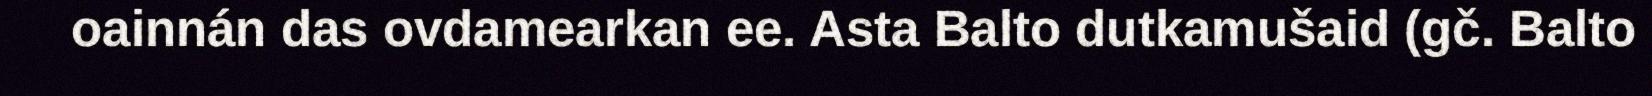
oainnán das ovdamearkan ee. Asta Balto dutkamušaid (gč. Balto